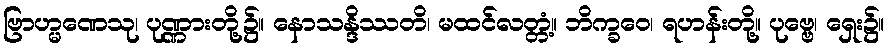
ဗြာဟ္မဏေသု၊ ပုဏ္ဏားတို့၌။ နောသန္ဒိဿတိ၊ မထင်လတ္တံ့။ ဘိက္ခဝေ၊ ရဟန်းတို့။ ပုဗ္ဗေ၊ ရှေး၌။